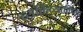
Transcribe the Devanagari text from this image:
व्यक्तिव्यक्तींच्या